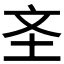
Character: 𱖐